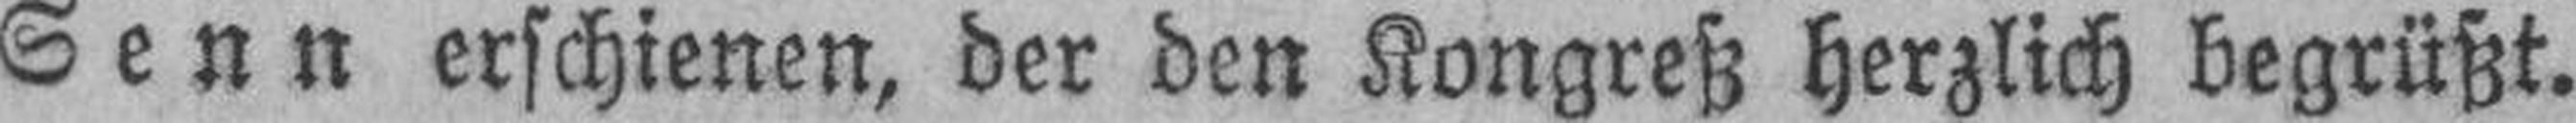
Senn erschienen, der den Kongreß herzlich begrüßt.